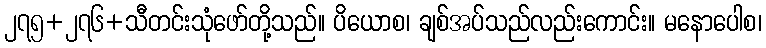
၂၇၅+၂၇၆+သီတင်းသုံဖော်တို့သည်။ ပိယောစ၊ ချစ်အပ်သည်လည်းကောင်း။ မနောပေါစ၊